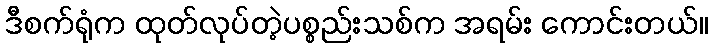
ဒီစက်ရုံက ထုတ်လုပ်တဲ့ပစ္စည်းသစ်က အရမ်း ကောင်းတယ်။